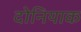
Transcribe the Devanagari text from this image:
दोनियाक